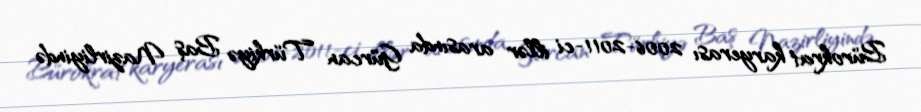
Bürokrat karyerası 2006-2011-ci illər arasında Gürcan Türkiyə Baş Nazirliyində